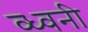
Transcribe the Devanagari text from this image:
व्ध्वनी